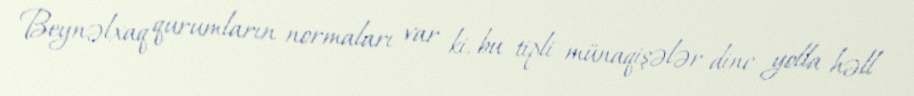
Beynəlxaq qurumların normaları var ki, bu tipli münaqişələr dinc yolla həll